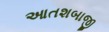
આતશબાજી